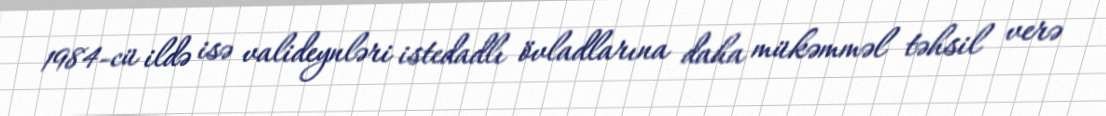
1984-cü ildə isə valideynləri istedadlı övladlarına daha mükəmməl təhsil verə